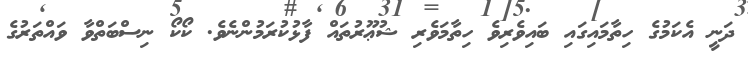
ދަނީ އެކަމުގެ ހިތާމައިގައި ބައިވެރިވެ ހިތާމަވެރި ޝުޢޫރުތައް ފާޅުކުރަމުންނެވެ. ކޯކޯ ނިސްބަތްވާ ވައްތަރުގެ